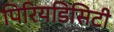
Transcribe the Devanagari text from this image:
पिरियडिसिटी